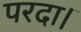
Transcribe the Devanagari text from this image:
परदा।